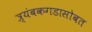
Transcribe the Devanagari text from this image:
त्र्यंबकगडासोबत